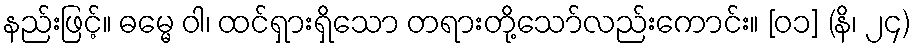
နည်းဖြင့်။ ဓမ္မေ ဝါ၊ ထင်ရှားရှိသော တရားတို့သော်လည်းကောင်း။ [၀၁] (နိ၊ ၂၄)